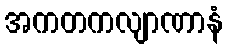
အကတကလျာဏာနံ